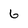
Character: 6